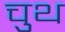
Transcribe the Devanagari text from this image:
चुथ